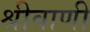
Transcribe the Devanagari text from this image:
श्रीवाणी